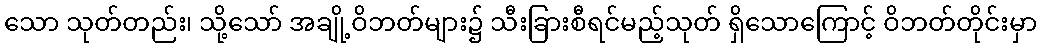
သော သုတ်တည်း၊ သို့သော် အချို့ဝိဘတ်များ၌ သီးခြားစီရင်မည့်သုတ် ရှိသောကြောင့် ဝိဘတ်တိုင်းမှာ